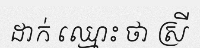
ដាក់ ឈ្មោះ ថា ស្រី